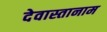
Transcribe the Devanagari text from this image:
देवास्तानाम